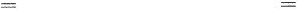
= =